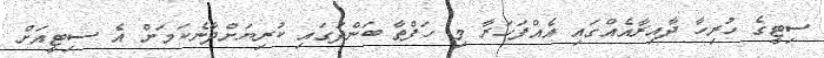
ސިޓީގެ ހުރިހާ ދާއިރާއެއްގައި އެއްފަހަރާ މި ހަފްތާ ބަންދުގައި ކުރިޔަށްދާނެކަމަށް އެ ސިޓީއަށް